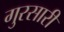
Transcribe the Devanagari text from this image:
गुरसारी